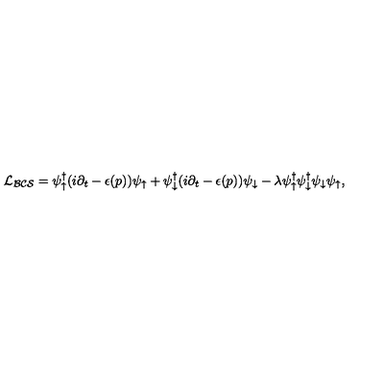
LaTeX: { \cal L _ { B C S } } = \psi _ { \uparrow } ^ { \dagger } ( i \partial _ { t } - \epsilon ( p ) ) \psi _ { \uparrow } + \psi _ { \downarrow } ^ { \dagger } ( i \partial _ { t } - \epsilon ( p ) ) \psi _ { \downarrow } - \lambda \psi _ { \uparrow } ^ { \dagger } \psi _ { \downarrow } ^ { \dagger } \psi _ { \downarrow } \psi _ { \uparrow } ,